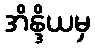
အိန္ဒိယမှ